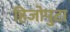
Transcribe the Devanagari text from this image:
हिजोपुटा